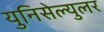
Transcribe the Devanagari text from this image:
युनिसेल्युलर